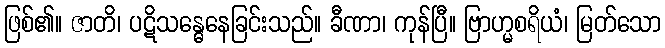
ဖြစ်၏။ ဇာတိ၊ ပဋိသန္ဓေနေခြင်းသည်။ ခီဏာ၊ ကုန်ပြီ။ ဗြာဟ္မစရိယံ၊ မြတ်သော